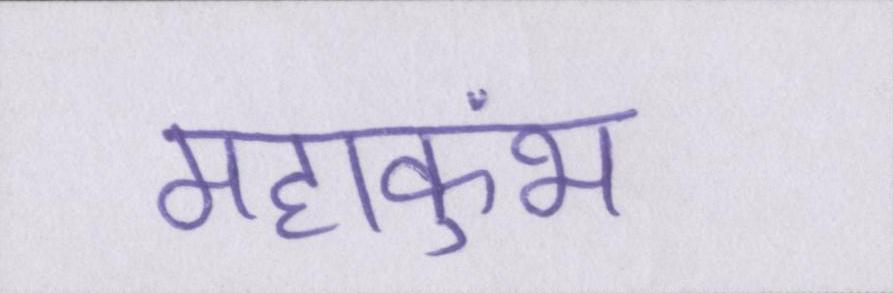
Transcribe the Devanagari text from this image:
महाकुंभ